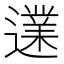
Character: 𨗩